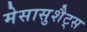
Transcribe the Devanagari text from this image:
मेसासुशैट्स